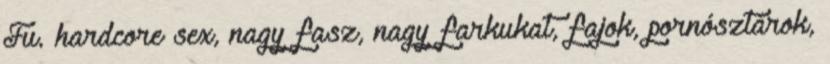
Fu. hardcore sex, nagy fasz, nagy farkukat, fajok, pornósztárok,